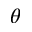
\theta